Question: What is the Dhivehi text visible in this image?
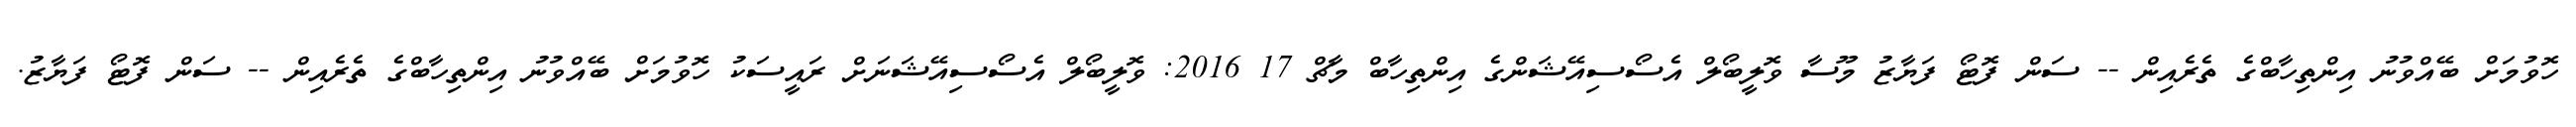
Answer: ހޮވުމަށް ބޭއްވުނު އިންތިހާބްގެ ތެރެއިން -- ސަން ފޮޓޯ ފަޔާޒު މޫސާ ވޮލީބޯލް އެސޯސިއޭޝަންގެ އިންތިހާބް މާޗް 17 2016: ވޮލީބޯލް އެސޯސިއޭޝަނަށް ރައީސަކު ހޮވުމަށް ބޭއްވުނު އިންތިހާބްގެ ތެރެއިން -- ސަން ފޮޓޯ ފަޔާޒު.